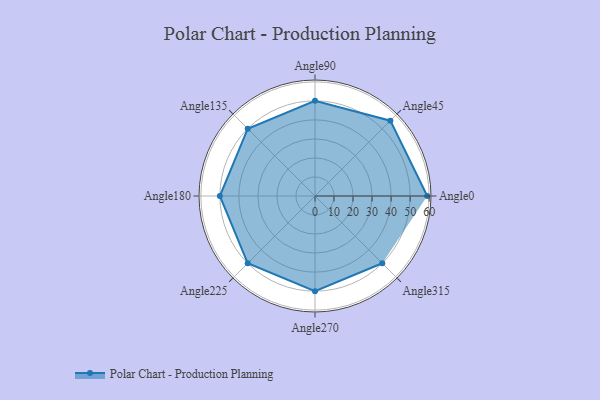
{"axis": {"x": "Angle", "y": "Radius"}, "legend": [""], "data": [{"x": "Angle0", "y": 59.0, "type": ""}, {"x": "Angle45", "y": 56.0, "type": ""}, {"x": "Angle90", "y": 50, "type": ""}, {"x": "Angle135", "y": 50, "type": ""}, {"x": "Angle180", "y": 50, "type": ""}, {"x": "Angle225", "y": 50, "type": ""}, {"x": "Angle270", "y": 50, "type": ""}, {"x": "Angle315", "y": 50, "type": ""}]}